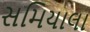
સમિયાલા